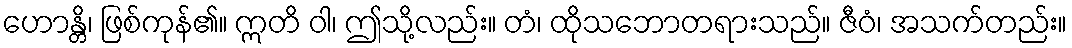
ဟောန္တိ၊ ဖြစ်ကုန်၏။ ဣတိ ဝါ၊ ဤသို့လည်း။ တံ၊ ထိုသဘောတရားသည်။ ဇီဝံ၊ အသက်တည်း။